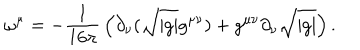
\omega ^ { \mu } = - { \frac { 1 } { 1 6 \pi } } \left( \partial _ { \nu } ( \sqrt { \vert g \vert } g ^ { \mu \nu } ) + g ^ { \mu \nu } \partial _ { \nu } \sqrt { \vert g \vert } \right) .